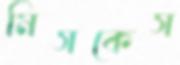
মিসকেস